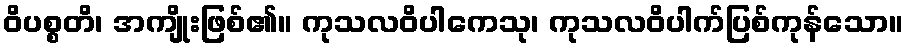
ဝိပစ္စတိ၊ အကျိုးဖြစ်၏။ ကုသလဝိပါကေသု၊ ကုသလဝိပါက်ပြစ်ကုန်သော။